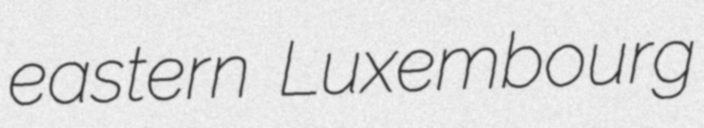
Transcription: eastern Luxembourg